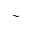
\sim